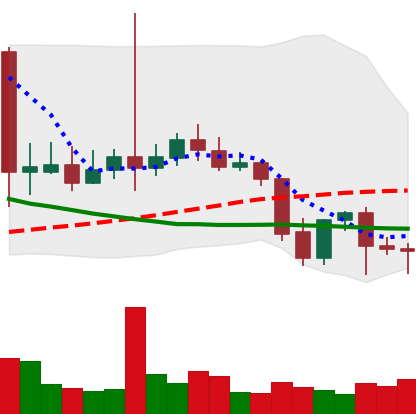
Ticker: LTC-USD
Chart end date: 2021-09-26
Forward return: 10.284%
Label: up_7plus